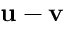
\mathbf { u } - \mathbf { v }